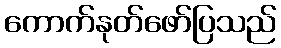
ကောက်နုတ်ဖော်ပြသည်